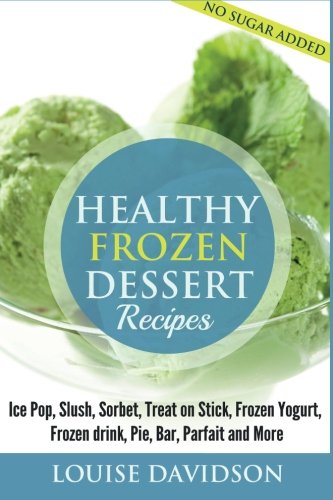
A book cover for Healthy Frozen  Dessert Recipes: No Sugar Added! Ice Pops, Slushes, Sorbet,  Treats on Sticks, Frozen Yogurt, Frozen drinks, Pies, Bars,  Parfaits and More; Sarah Spencer; Cookbooks, Food & Wine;